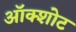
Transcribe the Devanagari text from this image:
ऑक्शोट